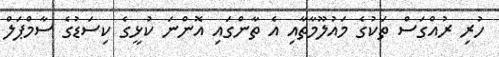
ހުރި ރުއްްގަސް ތަކުގެ މައުލޫމާތާއި އެ ތާންގައި އޮންނަ ކުޅީގެ ކިސަޑުގެ ސާމްޕަލް